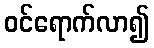
ဝင်ရောက်လာ၍